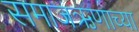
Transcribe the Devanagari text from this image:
समाजऋणाच्या